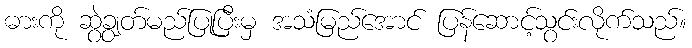
ဓားကို ဆွဲချွတ်မည်ပြုပြီးမှ အသံမြည်အောင် ပြန်ဆောင့်သွင်းလိုက်သည်။